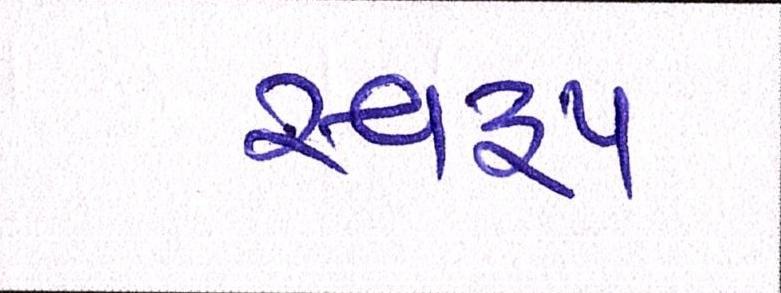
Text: સ્વરૃપ